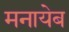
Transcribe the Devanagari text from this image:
मनायेब